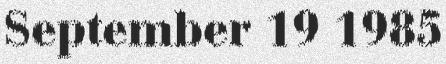
September 19 1985